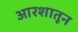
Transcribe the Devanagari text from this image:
आरशातून